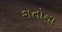
રાતોના